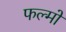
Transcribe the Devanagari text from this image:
फल्मों